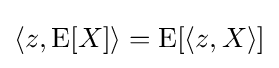
\langle z,\operatorname {E} [X]\rangle =\operatorname {E} [\langle z,X\rangle ]